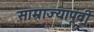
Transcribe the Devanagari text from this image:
साम्राज्यापूर्वी